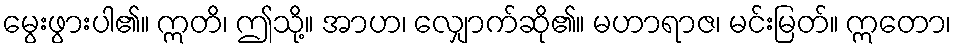
မွေးဖွားပါ၏။ ဣတိ၊ ဤသို့။ အာဟ၊ လျှောက်ဆို၏။ မဟာရာဇ၊ မင်းမြတ်။ ဣတော၊